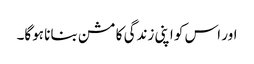
اور اس کو اپنی زندگی کا مشن بنانا ہوگا۔